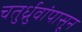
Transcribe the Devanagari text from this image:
चतुर्ध्रुवांपासून